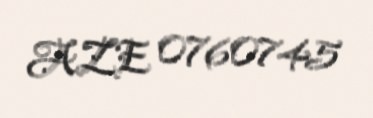
AZE 0760745